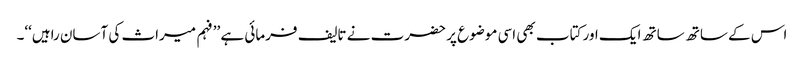
اس کے ساتھ ساتھ ایک اور کتاب بھی اسی موضوع پر حضرت نے تالیف فرمائی ہے ’’فہم میراث کی آسان راہیں‘‘۔